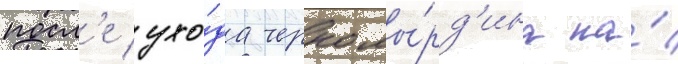
посл'е ухо́да черномы́рд'ина на́